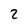
Character: 2